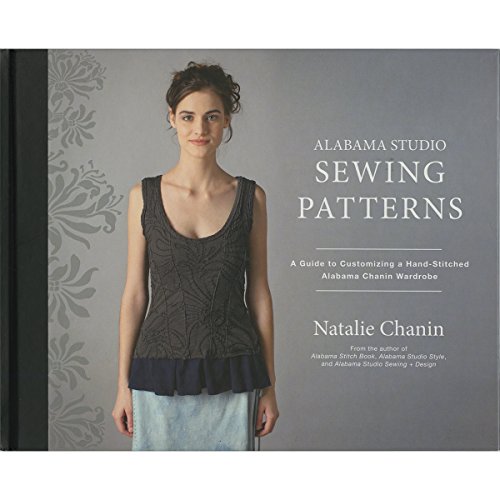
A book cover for Alabama Studio Sewing Patterns: A Guide to Customizing a Hand-Stitched Alabama Chanin Wardrobe; Natalie Chanin; Crafts, Hobbies & Home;